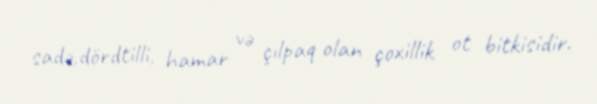
sadə,dördtilli, hamar və çılpaq olan çoxillik ot bitkisidir.